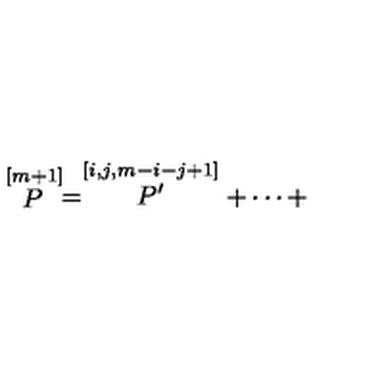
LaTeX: \stackrel { \lbrack m + 1 ] } { P } = \stackrel { [ i , j , m - i - j + 1 ] } { P ^ { \prime } } + \cdots +